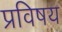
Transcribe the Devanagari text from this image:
प्रविषय